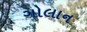
ગોલાન